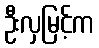
ဦးလှမြင့်က